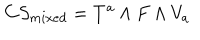
{ C S } _ { m i x e d } = T ^ { a } \wedge F \wedge V _ { a }